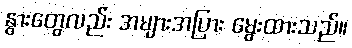
နွားတွေလည်း အများအပြား မွေးထားသည်။